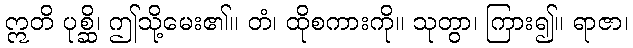
ဣတိ ပုစ္ဆိ၊ ဤသို့မေး၏။ တံ၊ ထိုစကားကို။ သုတွာ၊ ကြား၍။ ရာဇာ၊